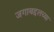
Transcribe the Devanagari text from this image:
जगाबद्दलच्या